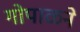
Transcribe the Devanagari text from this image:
गोपाळने